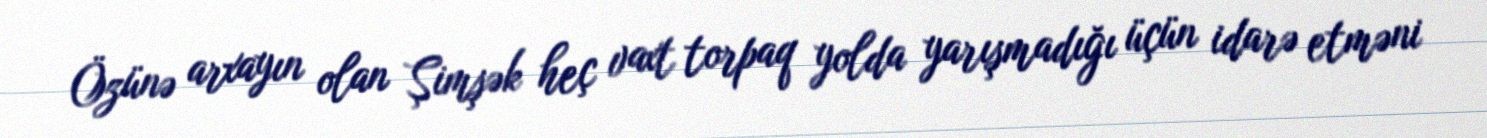
Özünə arxayın olan Şimşək heç vaxt torpaq yolda yarışmadığı üçün idarə etməni